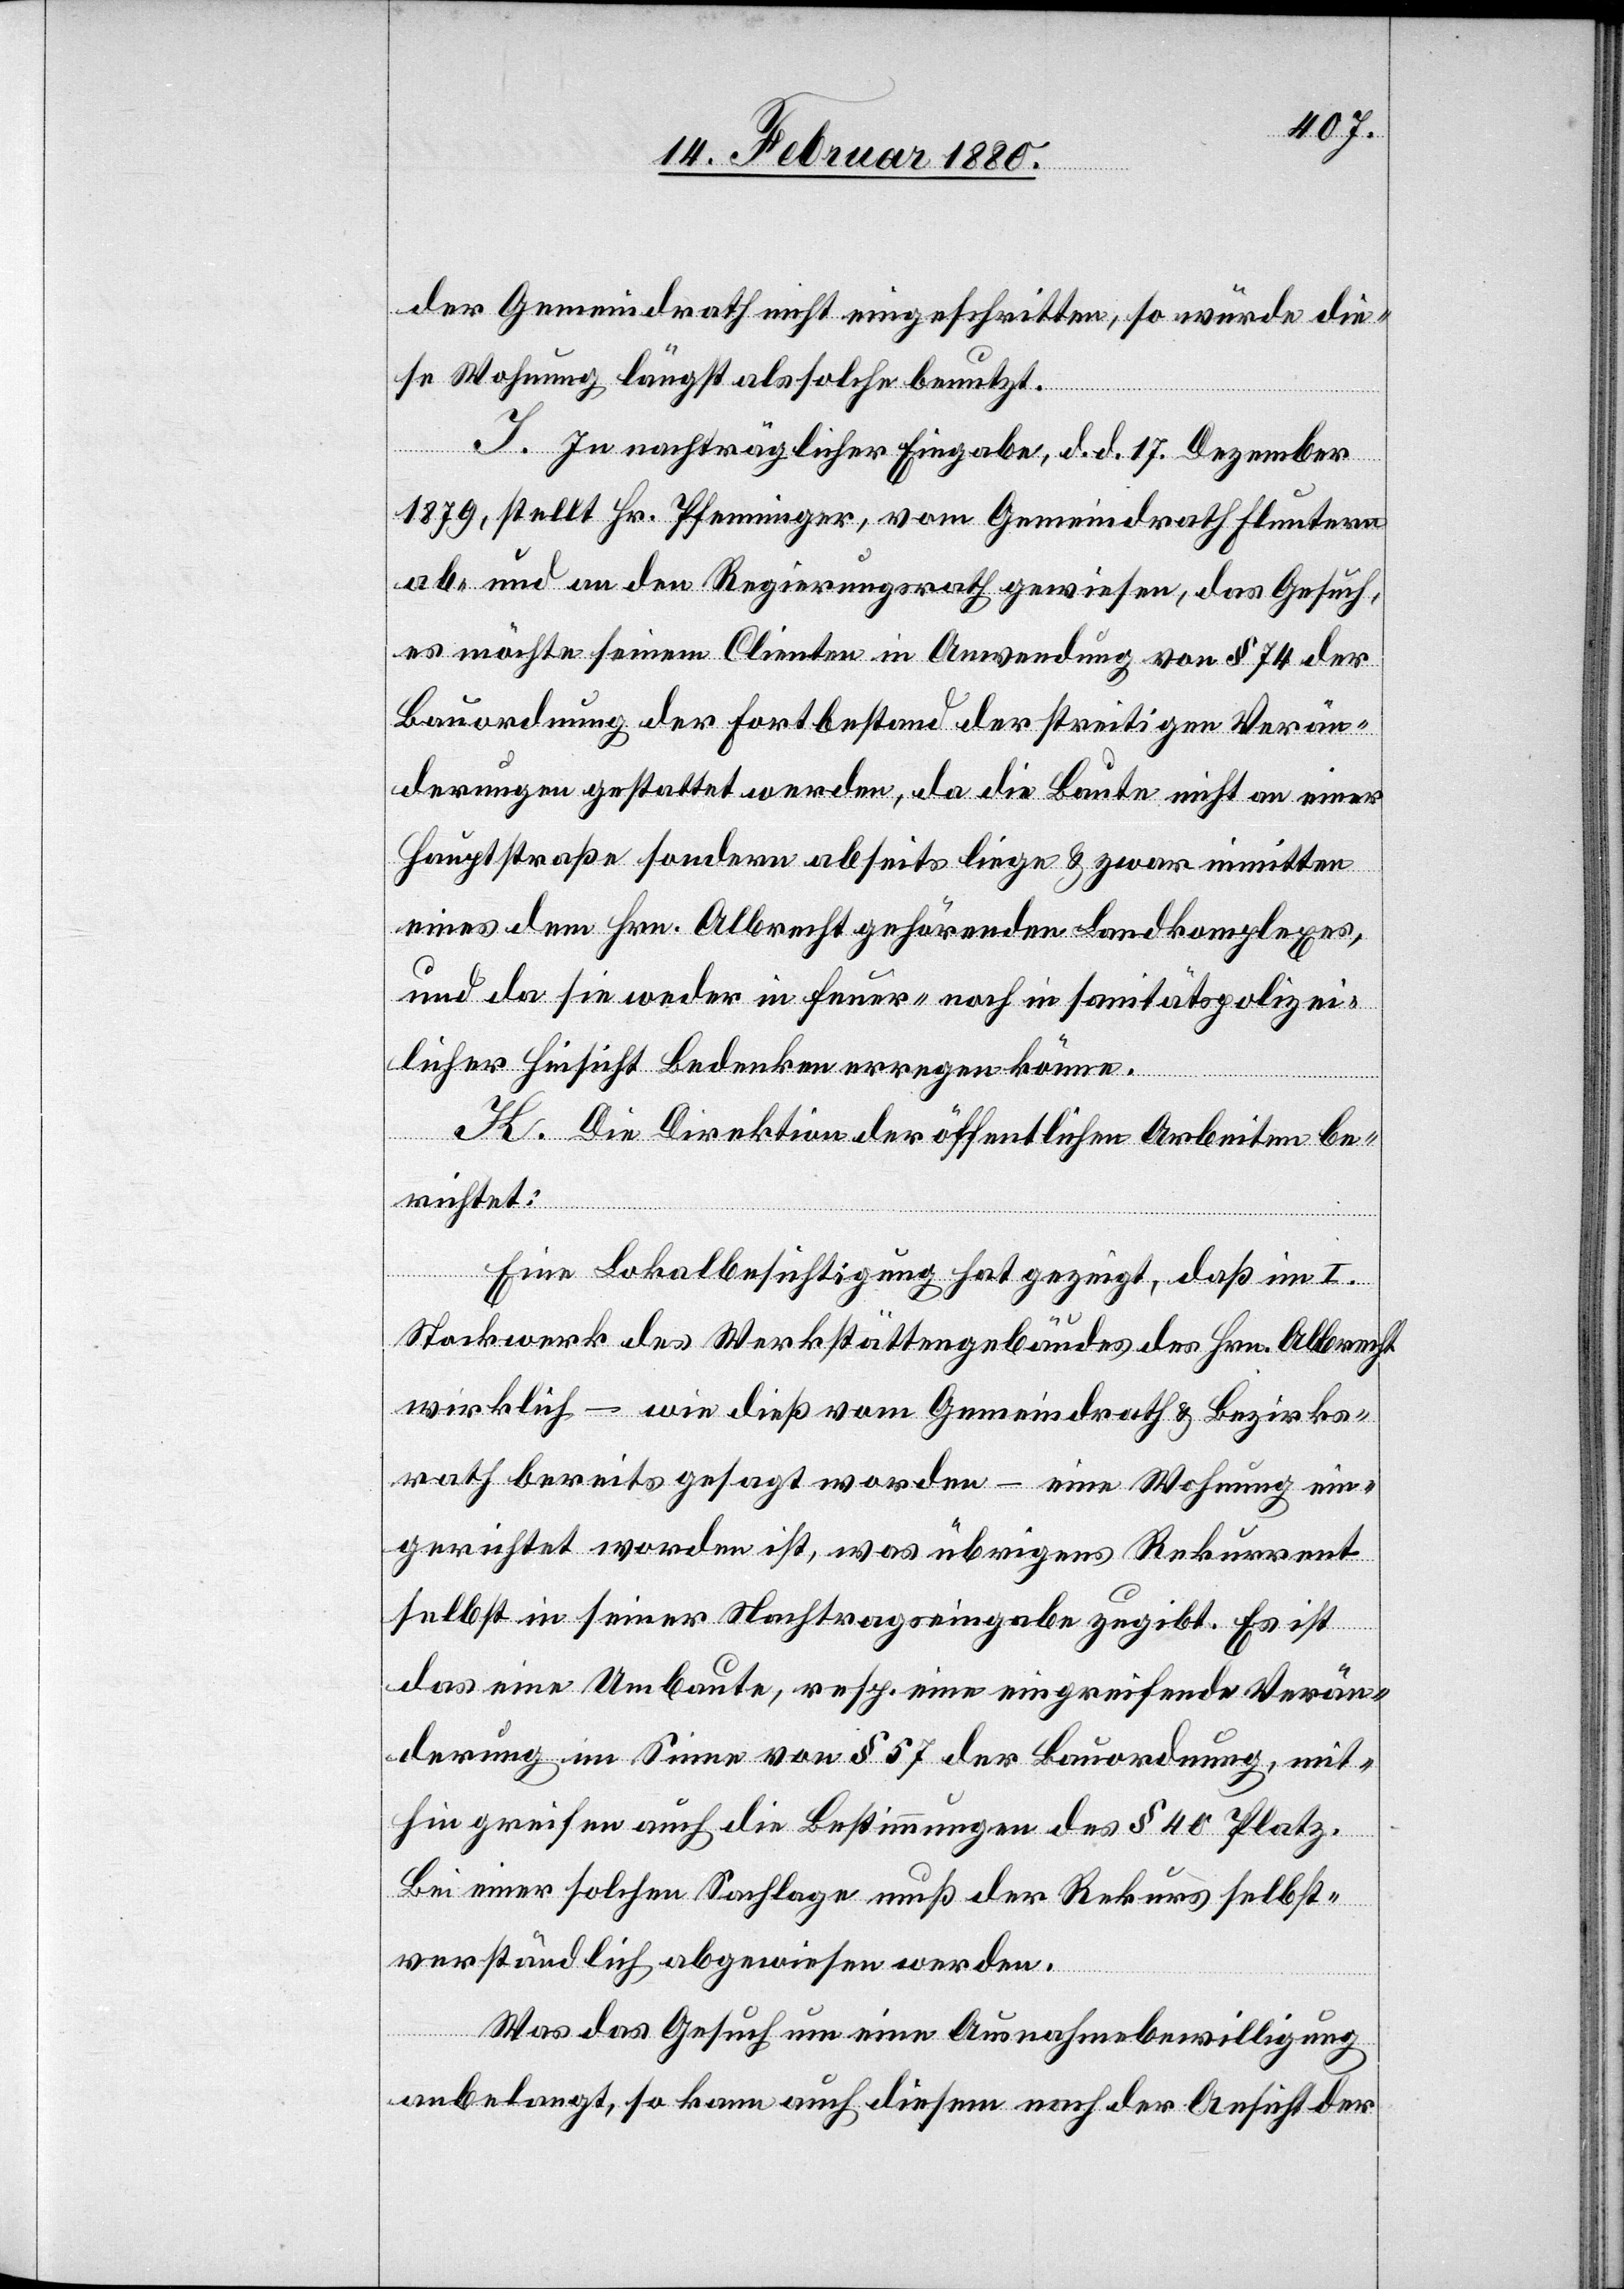
der Gemeindrath nicht eingeschritten, so würde die¬
se Wohnung längst als solche benutzt.
I. In nachträglicher Eingabe, d. d. 17. Dezember
1879, stellt Hr. Pfenninger, vom Gemeindrath Fluntern
ab und an den Regierungsrath gewiesen, das Gesuch,
es möchte seinem Clienten in Anwendung von § 74 der
Bauordnung der Fortbestand der streitigen Verän¬
derungen gestattet werden, da die baute nicht an einer
Hauptstraße sondern abseits liege & zwar inmitten
eines dem Hrn. Albrecht gehörenden Landkomplexes,
und da sie weder in feuer- noch in sanitätspolizei¬
licher Hinsicht Bedenken erregen könne.
K. Die Direktion der öffentlichen Arbeiten be¬
richtet:
Eine Lokalbesichtigung hat gezeigt, daß im I.
Stockwerk des Werkstättengebäudes des Hrn. Albrecht
wirklich – wie dieß vom Gemeindrath & Bezirks¬
rath bereits gesagt worden – eine Wohnung ein¬
gerichtet worden ist, was übrigens Rekurrent
selbst in seiner Nachtragseingabe zugibt. Es ist
das eine Umbaute, resp. eine eingreifende Verän¬
derung im Sinne von § 57 der Bauordnung, mit¬
hin greifen auch die Bestimmungen des § 40 Platz.
Bei einer solchen Sachlage muß der Rekurs selbst¬
verständlich abgewiesen werden.
Was das Gesuch um eine Ausnahmsbewilligung
anbelangt, so kann auch diesem nach der Ansicht der